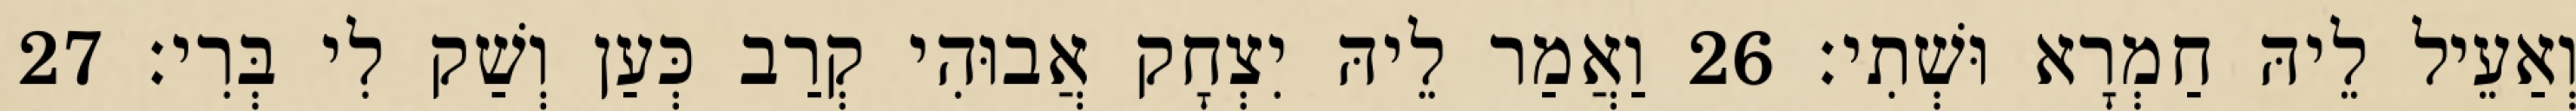
וְאַעֵיל לֵיהּ חַמְרָא וּשְׁתִי׃ 26 וַאֲמַר לֵיהּ יִצְחָק אֲבוּהִי קְרַב כְּעַן וְשַׁק לִי בְּרִי׃ 27